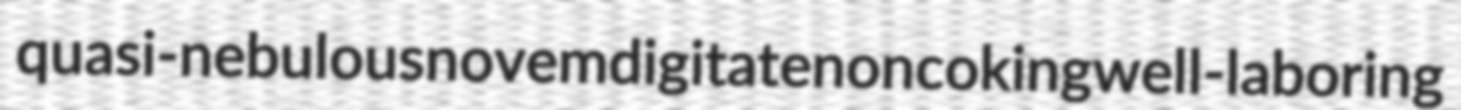
quasi-nebulous novemdigitate noncoking well-laboring